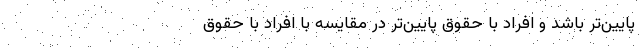
پایین‌تر باشد و افراد با حقوق پایین‌تر در مقایسه با افراد با حقوق